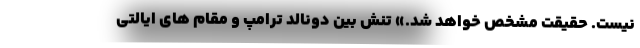
نیست. حقیقت مشخص خواهد شد.» تنش بین دونالد ترامپ و مقام های ایالتی